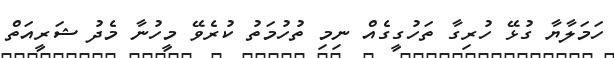
ހަމަލާޔާ ގުޅޭ ހުރިގާ ތަހުގީގެއް ނިމި ތުހުމަތު ކުރެވޭ މީހުނާ މެދު ޝަރީއަތް